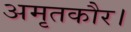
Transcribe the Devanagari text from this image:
अमृतकौर।